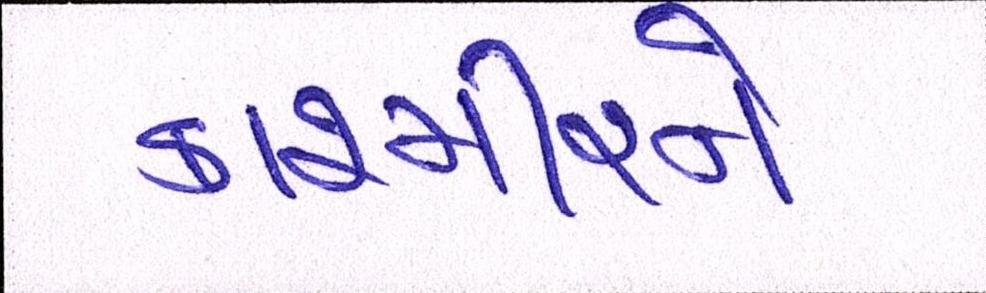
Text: કાશ્મીરને